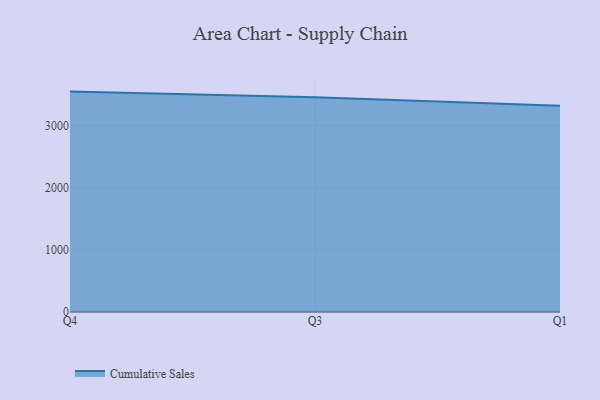
{"axis": {"x": "Quarter", "y": "Churn Rate (%)"}, "legend": ["Cumulative Sales"], "data": [{"x": "Q4", "y": 3543.8, "type": "Cumulative Sales"}, {"x": "Q3", "y": 3451.8, "type": "Cumulative Sales"}, {"x": "Q1", "y": 3315.4, "type": "Cumulative Sales"}]}